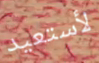
لأستعيد